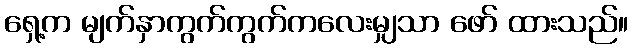
ရှေ့က မျက်နှာကွက်ကွက်ကလေးမျှသာ ဖော် ထားသည်။